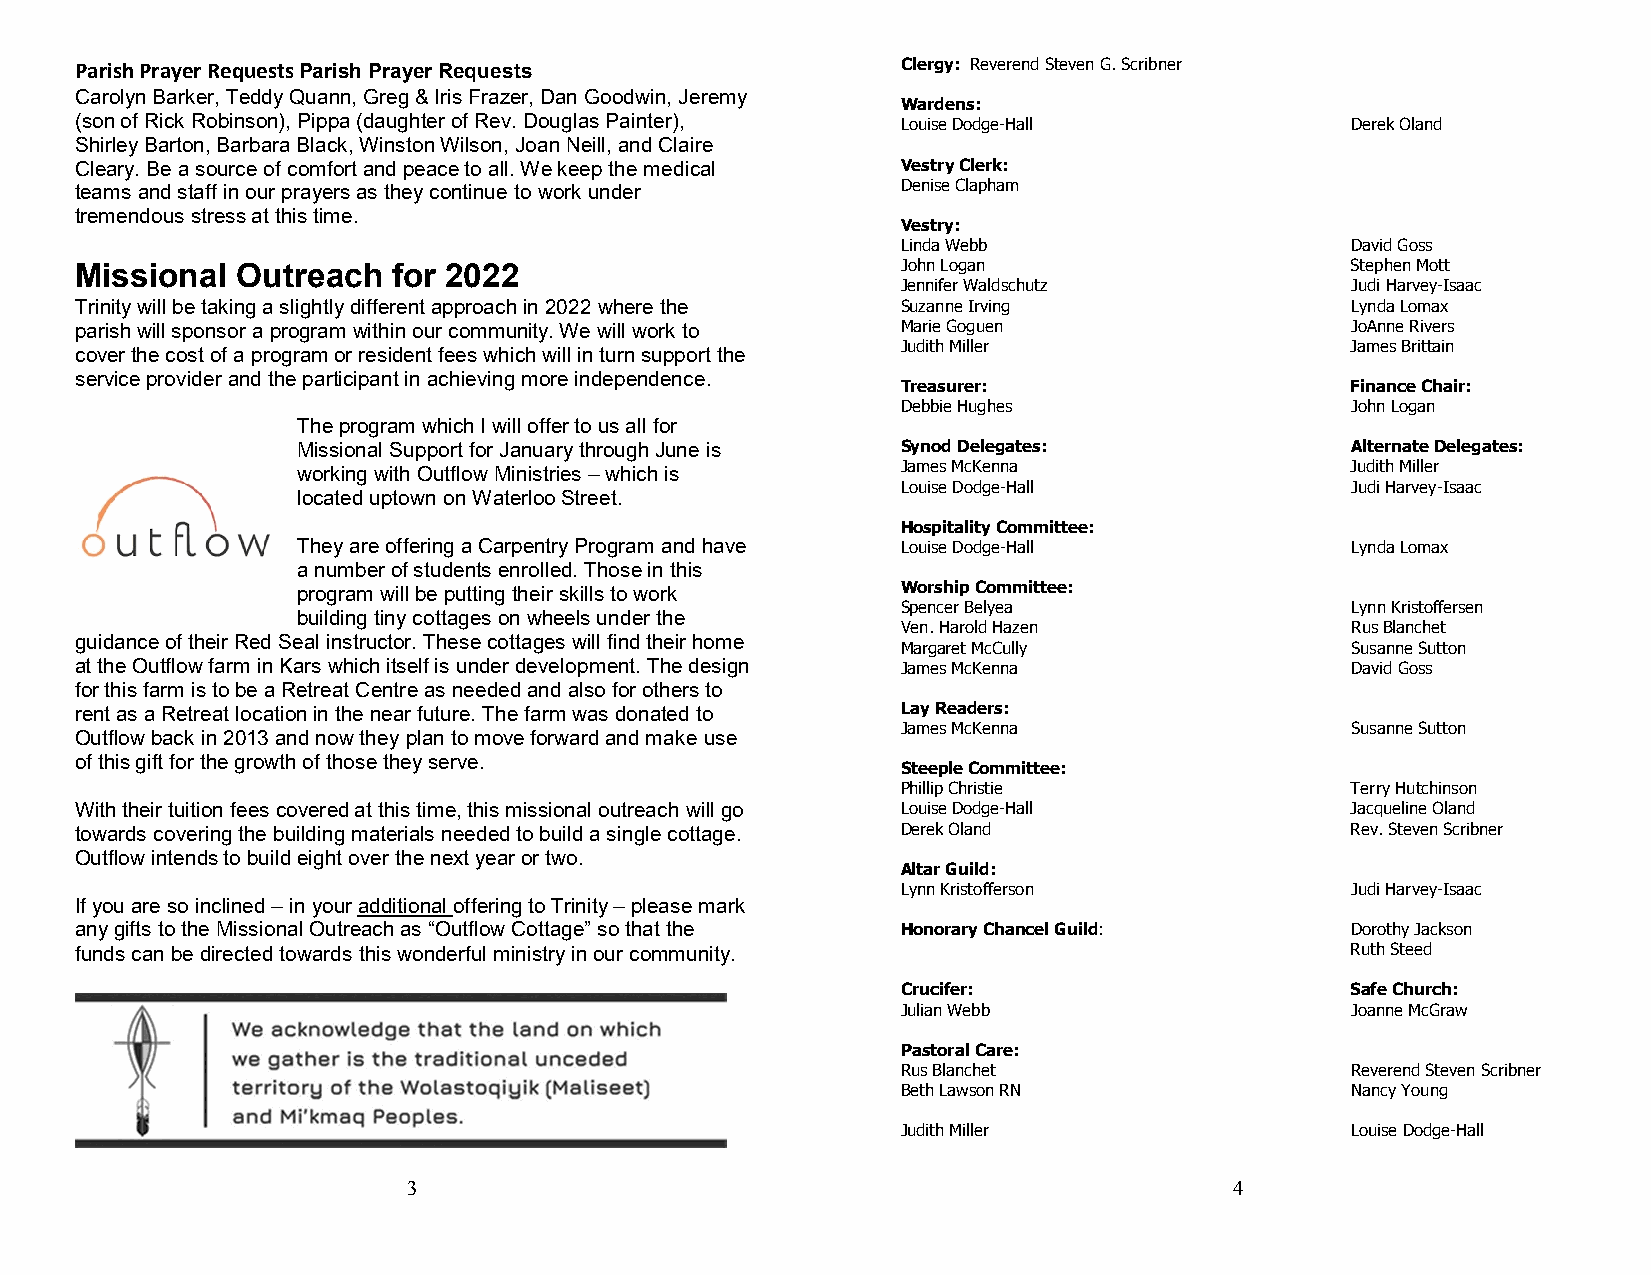
Parish Prayer Requests Parish Prayer Requests          Clergy: Reverend Steven G. Scribner
 Carolyn Barker, Teddy Quann, Greg & Iris Frazer, Dan Goodwin, Jeremy
 Wardens:
 (son of Rick Robinson), Pippa (daughter of Rev. Douglas Painter), Louise Dodge-Hall Derek Oland
 Shirley Barton, Barbara Black, Winston Wilson, Joan Neill, and Claire
 Cleary. Be a source of comfort and peace to all. We keep the medical Vestry Clerk:
 teams and staff in our prayers as they continue to work under Denise Clapham
 tremendous stress at this time.
 Vestry:
 Linda Webb                   David Goss
 Missional  Outreach  for 2022                          John Logan                   Stephen Mott
 Jennifer Waldschutz          Judi Harvey-Isaac
 Trinity will be taking a slightly different approach in 2022 where the Suzanne Irving Lynda Lomax
 parish will sponsor a program within our community. We will work to Marie Goguen    JoAnne Rivers
 Judith Miller                James Brittain
 cover the cost of a program or resident fees which will in turn support the
 service provider and the participant in achieving more independence.
 Treasurer:                   Finance Chair:
 Debbie Hughes                John Logan
 The program which I will offer to us all for
 Missional Support for January through June is Synod Delegates:       Alternate Delegates:
 working with Outflow Ministries – which is James McKenna             Judith Miller
 Louise Dodge-Hall            Judi Harvey-Isaac
 located uptown on Waterloo Street.
 Hospitality Committee:
 They are offering a Carpentry Program and have Louise Dodge-Hall     Lynda Lomax
 a number of students enrolled. Those in this
 program will be putting their skills to work Worship Committee:
 Spencer Belyea               Lynn Kristoffersen
 building tiny cottages on wheels under the
 Ven. Harold Hazen            Rus Blanchet
 guidance of their Red Seal instructor. These cottages will find their home
 Margaret McCully             Susanne Sutton
 at the Outflow farm in Kars which itself is under development. The design James McKenna David Goss
 for this farm is to be a Retreat Centre as needed and also for others to
 rent as a Retreat location in the near future. The farm was donated to Lay Readers:
 James McKenna                Susanne Sutton
 Outflow back in 2013 and now they plan to move forward and make use
 of this gift for the growth of those they serve.
 Steeple Committee:
 Phillip Christie             Terry Hutchinson
 With their tuition fees covered at this time, this missional outreach will go Louise Dodge-Hall Jacqueline Oland
 towards covering the building materials needed to build a single cottage. Derek Oland Rev. Steven Scribner
 Outflow intends to build eight over the next year or two.
 Altar Guild:
 Lynn Kristofferson           Judi Harvey-Isaac
 If you are so inclined – in your additional offering to Trinity – please mark
 any gifts to the Missional Outreach as “Outflow Cottage” so that the Honorary Chancel Guild: Dorothy Jackson
 funds can be directed towards this wonderful ministry in our community.             Ruth Steed
 Crucifer:                    Safe Church:
 Julian Webb                  Joanne McGraw
 Pastoral Care:
 Rus Blanchet                 Reverend Steven Scribner
 Beth Lawson RN               Nancy Young
 Judith Miller                Louise Dodge-Hall
 3                                                      4